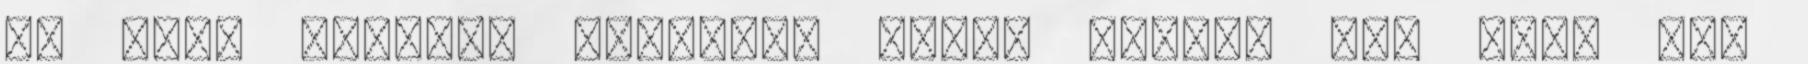
ez volt annyira érdekes, hanem inkább az, hogy egy